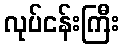
လုပ်ငန်းကြီး